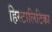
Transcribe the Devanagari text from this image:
हिस्टालिटिका